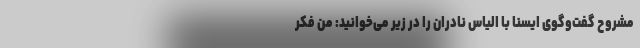
مشروح گفت‌وگوی ایسنا با الیاس نادران را در زیر می‌خوانید: من فکر